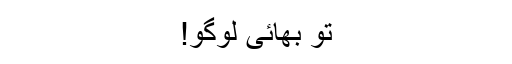
تو بھائی لوگو!